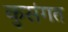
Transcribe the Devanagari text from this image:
कुसंगत